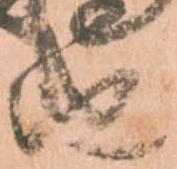
由